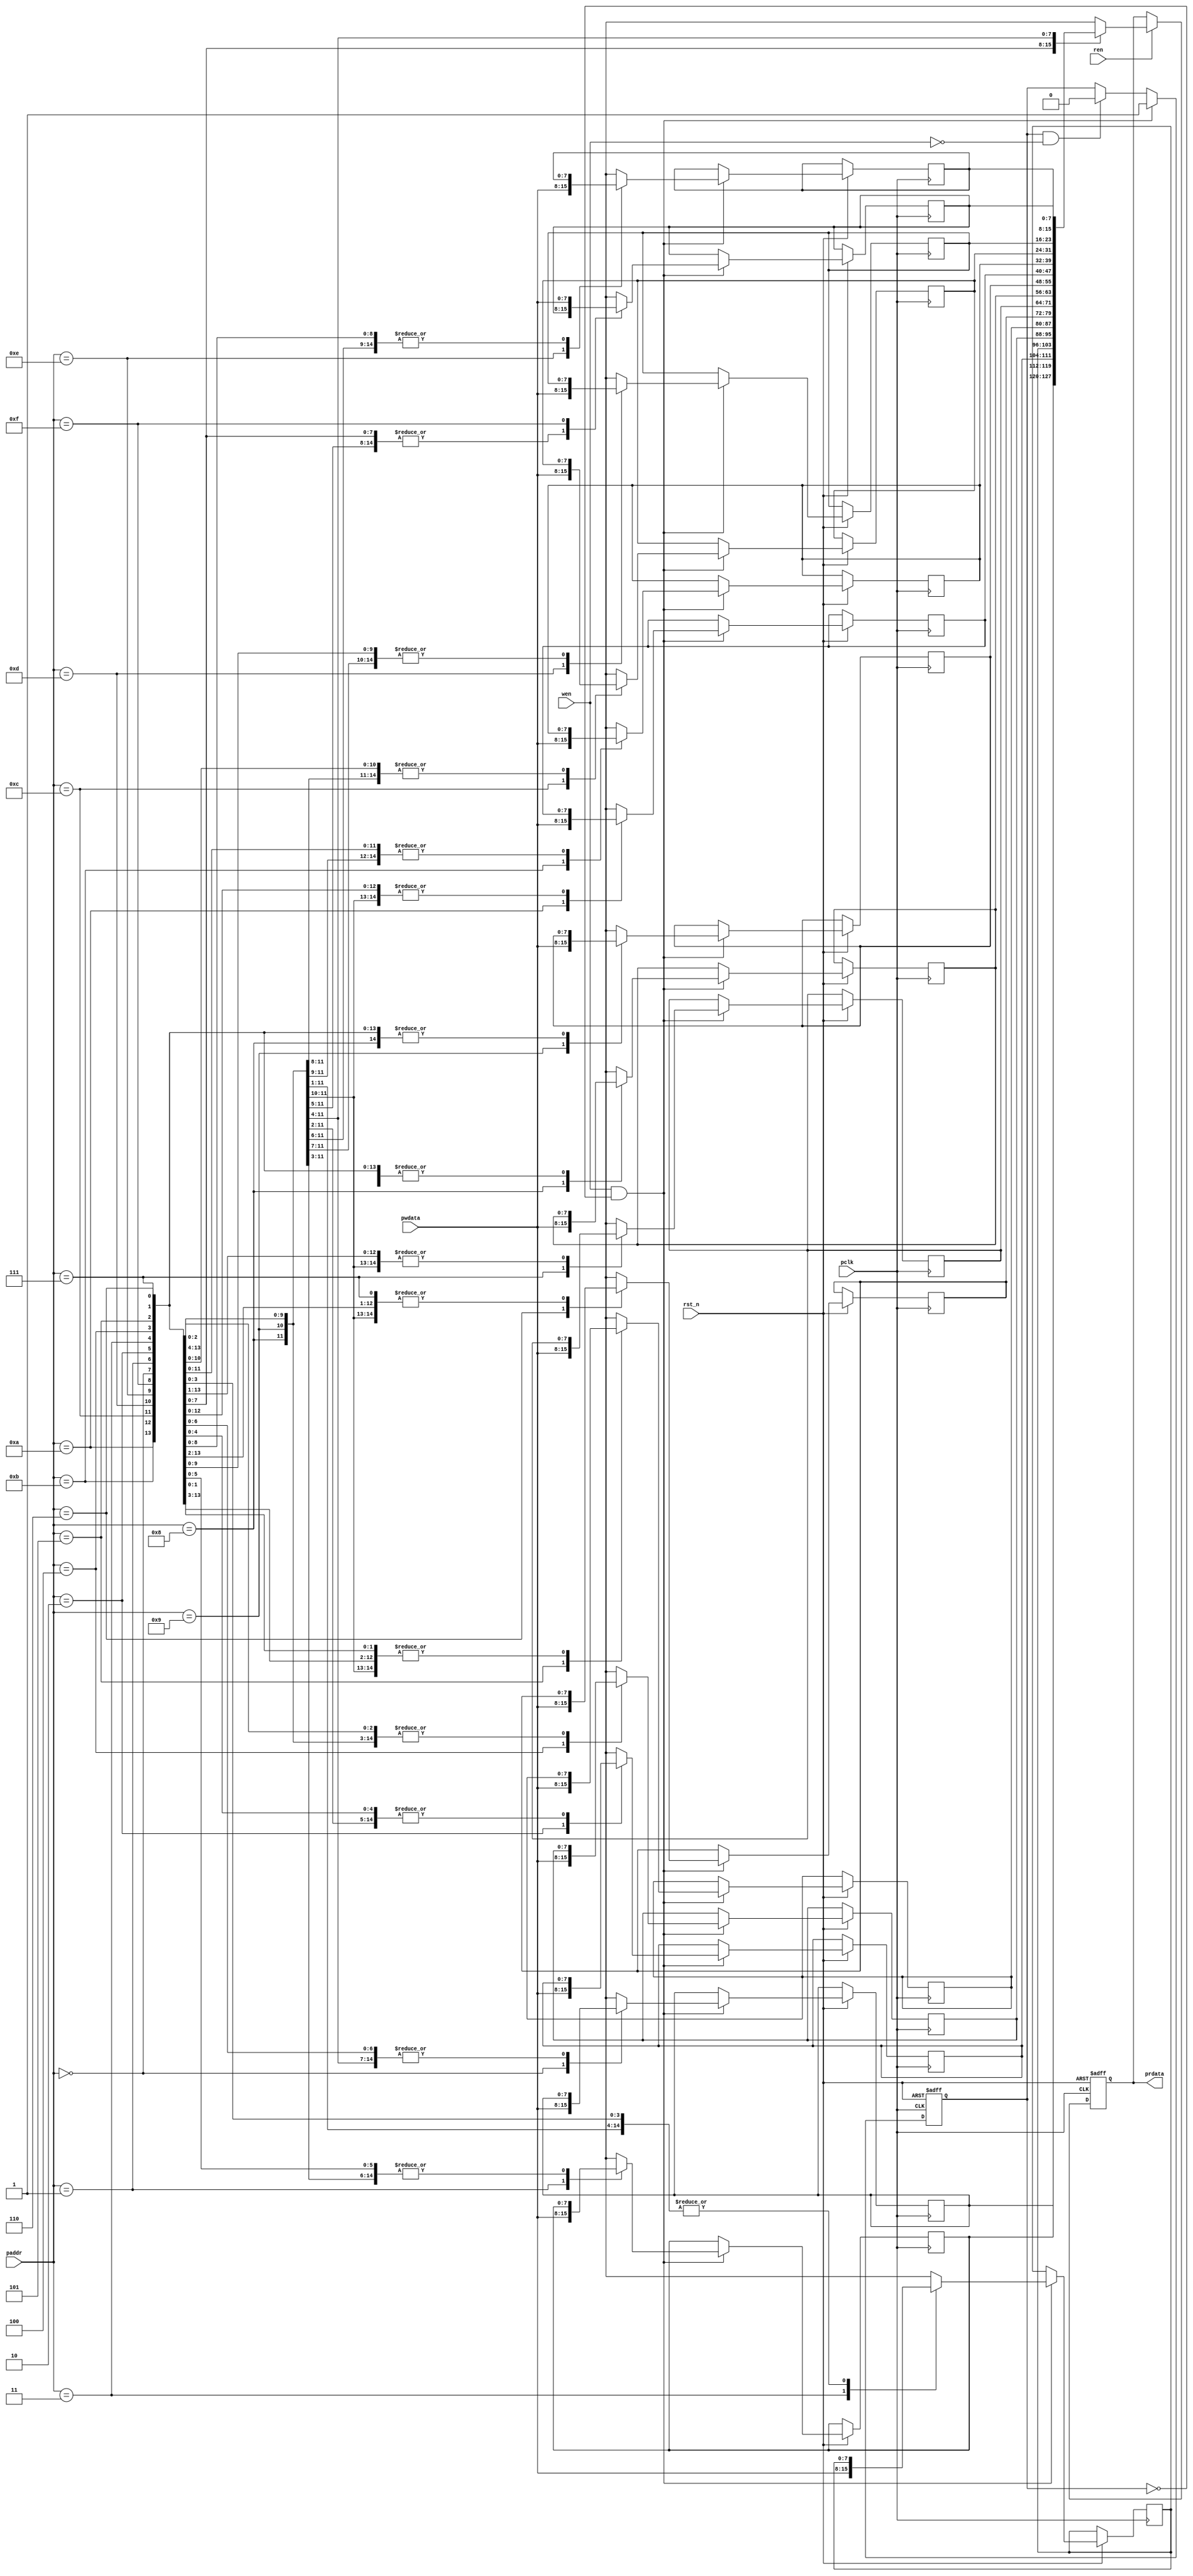
module apb_memory (
`ifdef USE_POWER_PINS
    vccd1,
    vssd1,
`endif
  pclk,
  rst_n,
  paddr,
  wen,
  ren,
  pwdata,
  prdata);

`ifdef USE_POWER_PINS
    inout vccd1;
    inout vssd1;
`endif
  input pclk;
  input rst_n;
  input [3:0] paddr;
  input wen;
  input ren;
  input [7:0] pwdata;
  output [7:0] prdata;

  `ifndef USE_RAM_MODEL
  reg [7:0] mem[16];
  reg [7:0] rdata;
  reg write_data;

  //assign prdata = ren ? mem[paddr] : 0;
  assign prdata = rdata;

  always @(posedge pclk or negedge rst_n) begin
    if (!rst_n)
      rdata = 0;
    else if (ren)
      rdata = mem[paddr];
  end

  always @(posedge pclk or negedge rst_n) begin
    if (!rst_n)
      write_data = 0;
    else if (wen && !write_data) begin
      write_data = 1;
      mem[paddr] = pwdata;
    end
    else if (write_data && !wen) begin
      write_data = 0;
    end
  end
  `else
    sky130_sram_16byte_1r1w u_ram
      (.clk0(pclk),
       .csb0(!wen),
       .addr0(paddr),
       .din0(pwdata),
       .clk1(pclk),
       .csb1(!ren),
       .addr1(paddr),
       .dout1(prdata)
     );
   `endif

endmodule